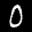
Label: 0